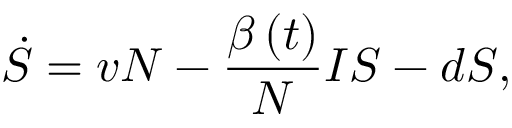
\dot { S } = v N - \frac { \beta \left( t \right) } N I S - d S ,